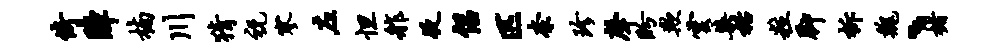
倚障楠川猜祝寥左怛舴夜侣匹奈珍声盼欺云染栝粒脚柝魏、楮